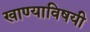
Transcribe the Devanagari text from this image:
खाण्याविषयी